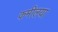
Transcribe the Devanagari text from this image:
कमीलया